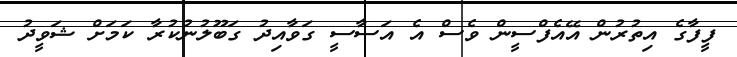
ފީފާގެ އިތުރުން އޭއެފްސީން ވެސް އެ އަސާސީ ގަވާއިދު ގަބޫލުނުކުރާ ކަމަށް ޝަވީދު